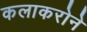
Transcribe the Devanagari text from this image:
कलाकरोने